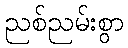
ညစ်ညမ်းစွာ